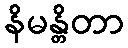
နိမန္တိတာ